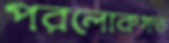
পরলোকগত